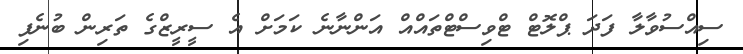
ސިއްސުވާލާ ފަދަ ޕްލޮޓް ޓްވިސްޓްތައްއް އަންނާނެ ކަމަށް އެ ސީރީޒްގެ ތަރިން ބުނެފި